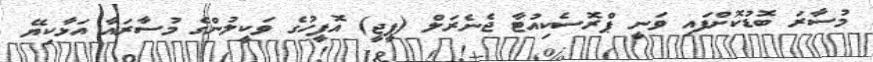
މުސާރަ ބޮޑުކޮށްފައި ވަނީ ޕްރޮސެކިއުޓާ ޖެނެރަލް (ޕީޖީ) އޮފީހުގެ ވަކީލުންގެ މުސާރައާ އަޅާކިޔޭ